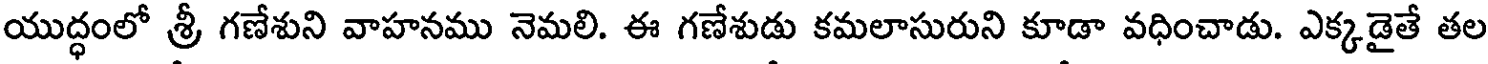
యుద్ధంలో శ్రీ గణేశుని వాహనము నెమలి. ఈ గణేశుడు కమలాసురుని కూడా వధించాడు. ఎక్కడైతే తల